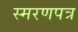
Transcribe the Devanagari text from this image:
स्मरणपत्र